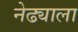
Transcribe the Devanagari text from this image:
नेढ्याला